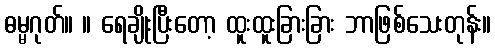
ဓမ္မဂုတ်။ ။ ရေချိုးပြီးတော့ ထူးထူးခြားခြား ဘာဖြစ်သေးတုန်း။